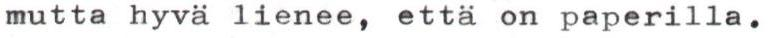
mutta hyvä lienee, että on paperilla.